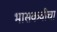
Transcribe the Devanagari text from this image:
भासकवीचा